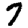
Digit: 7